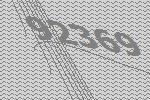
92369